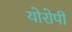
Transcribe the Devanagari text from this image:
योरोपी